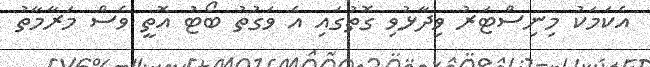
އެކަަމަކު މިނިސްޓަރު ވިދާޅުވި ގޮތުގައި އެ ވަގުތު ބޯޓު އޮތީ ވެސް މަރާމާތު